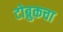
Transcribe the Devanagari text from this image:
टोब्रुकचा